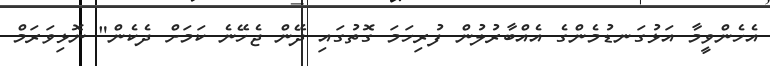
އެހެންވީމާ އަޅުގަނޑުމެންގެ އެއްބާރުލުން ފުރިހަމަ ގޮތުގައި ދޭން ޖެހޭނެ ކަމަށް ދެކެން" ނޮޅިވަރަމް